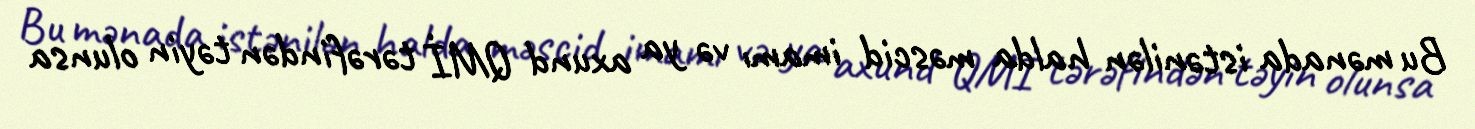
Bu mənada istənilən halda məscid imamı və ya axund QMİ tərəfindən təyin olunsa